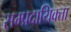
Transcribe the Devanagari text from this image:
सम्प्रदायिक्ता